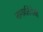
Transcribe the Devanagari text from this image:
नागप्रतिमेची